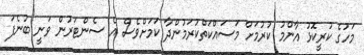
މަހުގެ ކުރީކޮޅު އާންމު ކުރުމަށް މަސައްކަތްކުރަމުންދާ ކަމަށްވެސް އެ ސެންޓަރުން ވަނީ ބުނެފަ